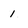
Character: 1